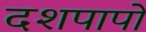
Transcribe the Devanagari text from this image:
दशपापों